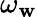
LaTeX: \omega_{\mathbf{w}}